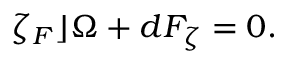
\zeta _ { F } \rfloor \Omega + d F _ { \zeta } = 0 .